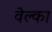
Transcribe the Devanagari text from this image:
वेल्का